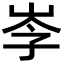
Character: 𡥏